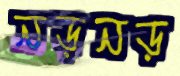
নড়নড়